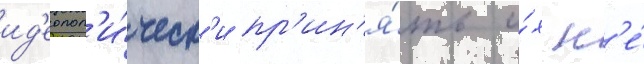
ид'еолог'и́ческ'и пр'ин'я́ть и́х н'е́